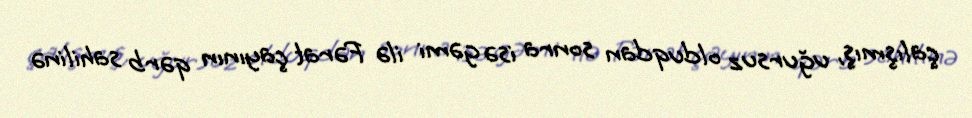
çalışmış, uğursuz olduqdan sonra isə gəmi ilə Fərat çayının qərb sahilinə